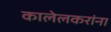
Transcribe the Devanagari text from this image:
कालेलकरांना